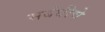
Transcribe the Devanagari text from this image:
सबंधीचे